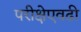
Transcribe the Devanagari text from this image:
परीक्षेएवढी